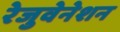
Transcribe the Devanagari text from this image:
रेजुवेनेशन